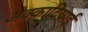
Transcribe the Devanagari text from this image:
अक्कादियाई